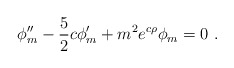
\begin{align*} \phi_m^{\prime\prime} -\frac{5}{2} c \phi_m^\prime + m^2 e^{c\rho} \phi_m = 0~.\end{align*}